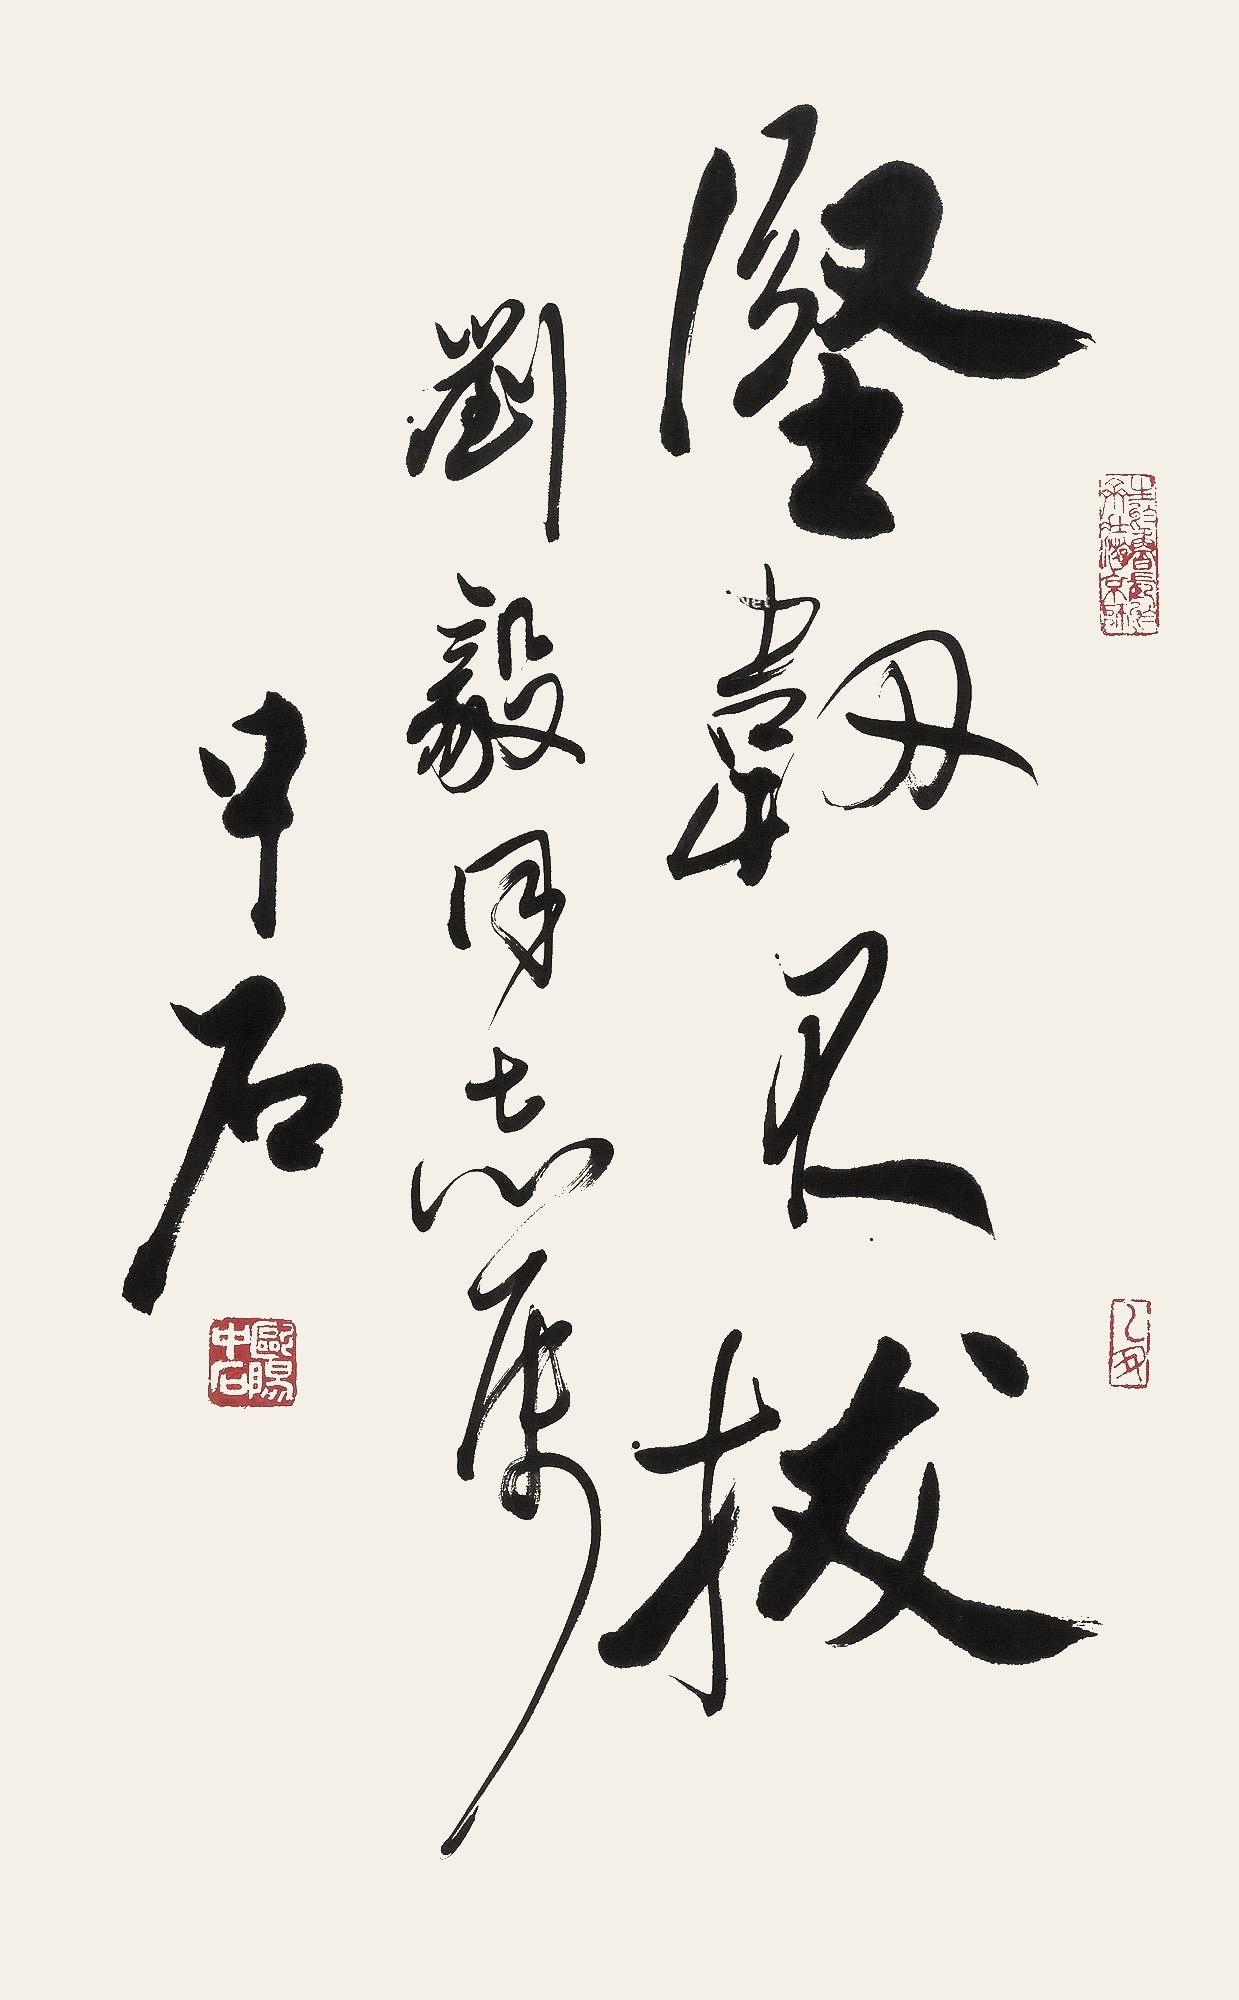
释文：坚韧不拔刘毅同志属。中石。